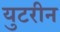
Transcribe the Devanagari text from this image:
युटरीन